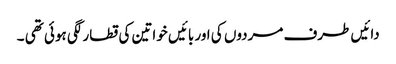
دائیں طرف مردوں کی اور بائیں خواتین کی قطار لگی ہوئی تھی ۔